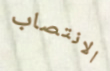
الانتصاب